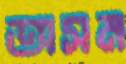
অসম